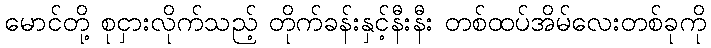
မောင်တို့ စုငှားလိုက်သည့် တိုက်ခန်းနှင့်နီးနီး တစ်ထပ်အိမ်လေးတစ်ခုကို